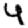
Digit: 4